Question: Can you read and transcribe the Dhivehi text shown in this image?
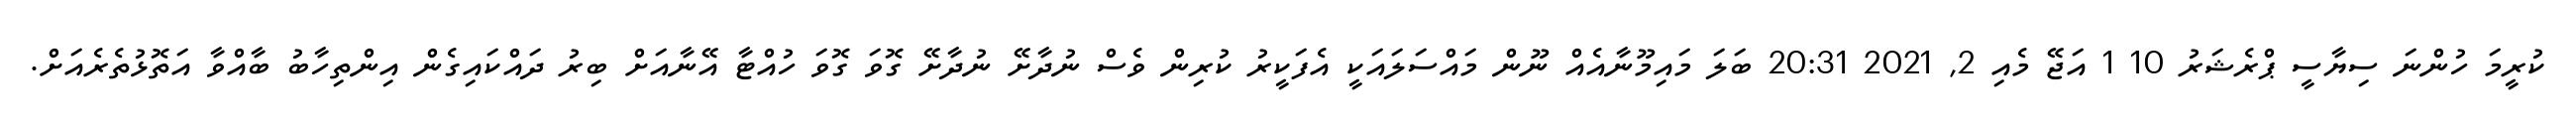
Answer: ކުރީމަ ހުންނަ ސިޔާސީ ޕްރެޝަރު 10 1 އަޖޭ މެއި 2, 2021 20:31 ބަލަ މައިމޫނާއެއް ނޫން މައްސަލައަކީ އެފަކީރު ކުރިން ވެސް ނުދާށޭ ނުދާށޭ ގޮވަ ގޮވަ ހުއްޓާ އޭނާއަށް ބިރު ދައްކައިގެން އިންތިހާބު ބާއްވާ އަތޮޅުތެރެއަށް.